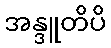
အန္ဒူတိပိ